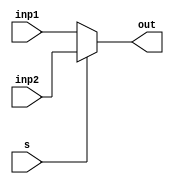
module mux5bit(inp1,inp2,s,out);
input s;
input[4:0] inp1,inp2;
output reg [4:0] out;
always@(inp1,inp2,s) 
if (s) out = inp2;
else out = inp1;
endmodule